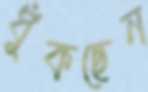
ধুঁকছেন